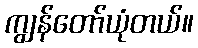
ကျွန်တော်ယုံတယ်။